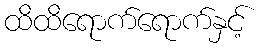
ထိထိရောက်ရောက်နှင့်